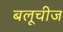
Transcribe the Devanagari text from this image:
बलूचीज